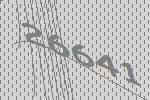
26641